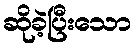
ဆိုခဲ့ပြီးသော